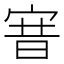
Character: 㝜